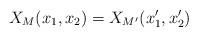
LaTeX: \begin{align*}X_M(x_1, x_2) = X_{M'}(x_1', x_2')\end{align*}